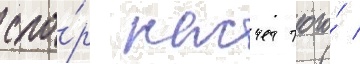
спо́р насчет того́ /